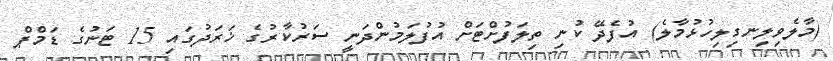
(މާލެވިލިނގިލިހުޅުމާލެ) އުފެދޭ ކުނި ތިލަފުށްޓަށް އުފުލަމުންދަނީ ސަރުކާރުގެ ޚަރަދުގައި 15 ޓަނުގެ ޑަމްޕް